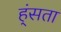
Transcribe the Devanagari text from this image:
ह्ंसता